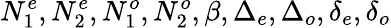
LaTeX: N_{1}^{e},N_{2}^{e},N_{1}^{o},N_{2}^{o},\beta,\Delta_{e},\Delta_{o},\delta_{e},\delta_{o}